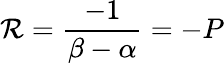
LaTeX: \mathcal{R}={\frac{{-1}}{{\beta-\alpha}}}=-P